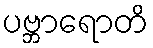
ပဗ္ဘာရောတိ